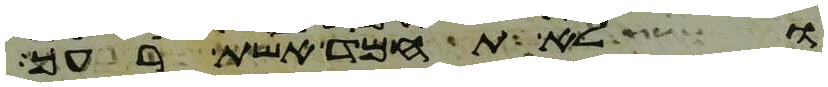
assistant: ולא תחמד אשת רעך